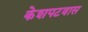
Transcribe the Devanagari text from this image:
केशपटवास